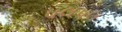
પલપલ